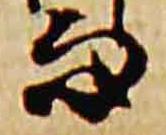
而